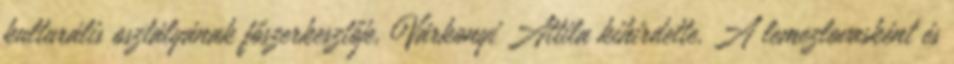
kulturális osztályának főszerkesztője, Várkonyi Attila kihirdette. A lemezlovasként és